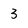
Character: 3